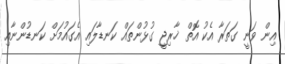
އިން ވަނީ ގަތަރާ އެކު އޮތް ޚާރިޖީ ގުޅުންތައް ކަނޑާލައި އެގައުމަށް ކަނޑުންނާއި